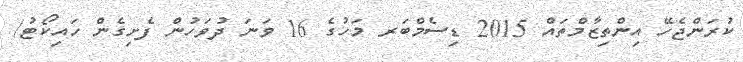
ކުރަންޖެހޭ އިންތިޒާމްތައް 2015 ޑިސެމްބަރ މަހުގެ 16 ވަނަ ދުވަހުން ފެށިގެން ހައިކޯޓު/